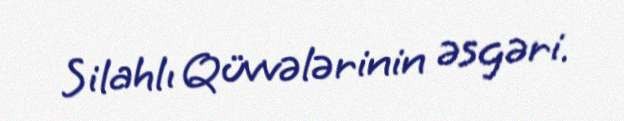
Silahlı Qüvvələrinin əsgəri.